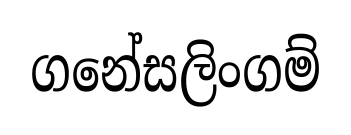
ගනේසලිංගම්